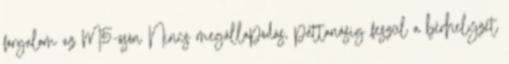
forgalom az M5-ösön Nincs megállapodás, pattanásig feszül a bérhelyzet